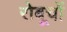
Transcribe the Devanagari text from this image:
रोबूचों